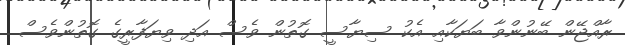
ރާއްޖޭން ބޭނުންވާ ބަޔަކާއި އެކު ސިޔާސީ ގޮތުން ވެސް އަދި ވިޔަފާރީގެ ގޮތުންވެސް